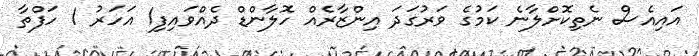
އައިއެސް ނެތިކޮށްލާނެ ކަމުގެ ވަރުގަދަ އިންޒާރެއް ހޮލާންޑް ދެއްވައިފި1 އަހަރު 1 ހަފްތާ